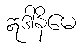
ဣဒါနိမေ